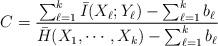
LaTeX: \begin{align*}C = \frac{ \sum_{\ell=1}^{k} \bar{I}(X_{\ell}; Y_{\ell}) - \sum_{\ell=1}^{k} b_{\ell} }{ \bar{H}(X_1, \cdots, X_k) - \sum_{\ell=1}^{k} b_{\ell}}\end{align*}